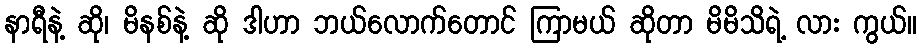
နာရီနဲ့ ဆို၊ မိနစ်နဲ့ ဆို ဒါဟာ ဘယ်လောက်တောင် ကြာမယ် ဆိုတာ မိမိသိရဲ့ လား ကွယ်။